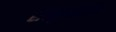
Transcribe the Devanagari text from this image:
संस्कृतिविद